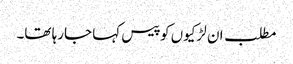
مطلب ان لڑکیوں کو پیس کہا جارہا تھا۔